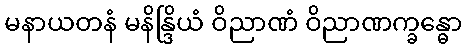
မနာယတနံ မနိန္ဒြိယံ ဝိညာဏံ ဝိညာဏက္ခန္ဓော